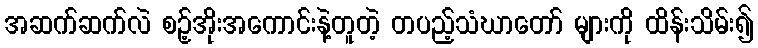
အဆက်ဆက်လဲ စဉ့်အိုးအကောင်းနဲ့တူတဲ့ တပည့်သံဃာတော် များကို ထိန်းသိမ်း၍